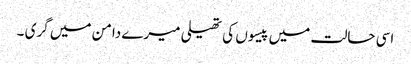
اسی حالت میں پیسوں کی تھیلی میرے دامن میں گری ۔